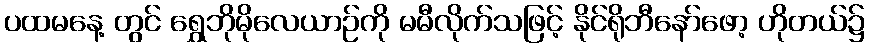
ပထမနေ့ တွင် ရွှေဘိုမိုလေယာဉ်ကို မမီလိုက်သဖြင့် နိုင်ရိုဘီနော်ဖော့ ဟိုတယ်၌